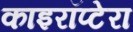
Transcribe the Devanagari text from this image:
काइरॉप्टेरा